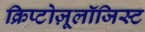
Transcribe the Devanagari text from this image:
क्रिप्टोज़ूलॉजिस्ट